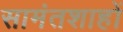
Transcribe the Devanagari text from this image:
सामंतशाहों